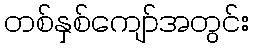
တစ်နှစ်ကျော်အတွင်း